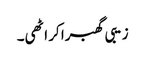
زیبی گھبرا کر اٹھی۔